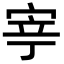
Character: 𭓳